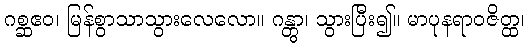
ဂစ္ဆဧဝ၊ မြန်စွာသာသွားလေလော။ ဂန္တွာ၊ သွားပြီး၍။ မာပုနရာဝဇိတ္ထ၊